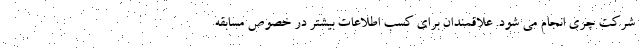
شرکت چری انجام می شود. علاقمندان برای کسب اطلاعات بیشتر در خصوص مسابقه